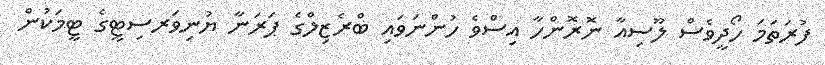
ފުރަތަމަ ހޯދީވެސް ލޫސިއާ ނޮރޮންހާ އިސްވެ ހުންނަވައި ބްރެޒިލްގެ ޕަރަނާ ޔުނިވަރސިޓީގެ ޓީމަކުން